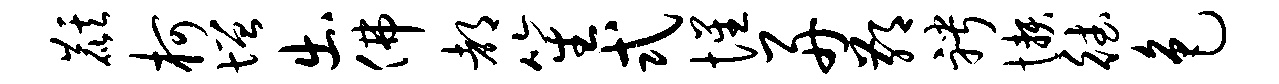
麒柯增出佛都笙式惺舟鄙聘懒德色